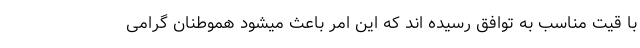
با قیت مناسب به توافق رسیده اند که این امر باعث میشود هموطنان گرامی